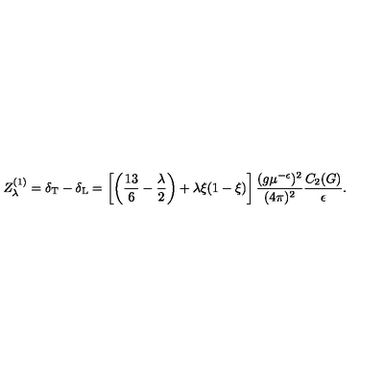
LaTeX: Z _ { \lambda } ^ { ( 1 ) } = \delta _ { \mathrm { T } } - \delta _ { \mathrm { L } } = \left[ \left( \frac { 1 3 } 6 - \frac \lambda 2 \right) + \lambda \xi ( 1 - \xi ) \right] \frac { ( g \mu ^ { - \epsilon } ) ^ { 2 } } { ( 4 \pi ) ^ { 2 } } \frac { C _ { 2 } ( G ) } { \epsilon } .